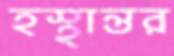
হস্থান্তর